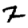
Digit: 2